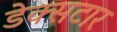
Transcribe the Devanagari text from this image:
डेक्सटार